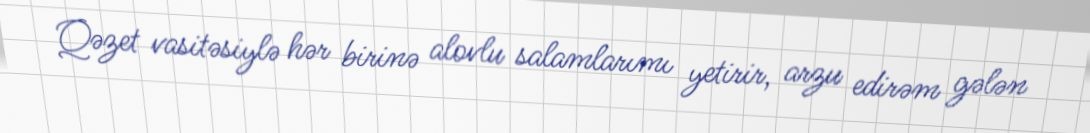
Qəzet vasitəsiylə hər birinə alovlu salamlarımı yetirir, arzu edirəm gələn